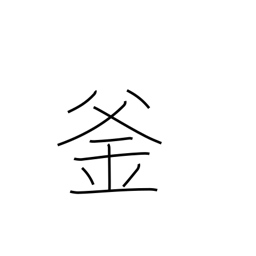
Meaning: cauldron